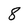
Character: 8